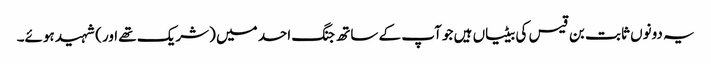
یہ دونوں ثابت بن قیس کی بیٹیاں ہیں جو آپ کے ساتھ جنگ احد میں (شریک تھے اور) شہید ہوئے۔